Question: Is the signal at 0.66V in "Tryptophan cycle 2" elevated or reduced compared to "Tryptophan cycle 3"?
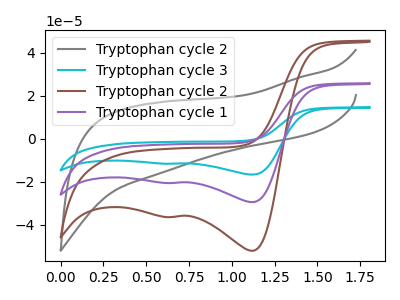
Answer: <think>The gray curve "Tryptophan cycle 2" has no peaks. The cyan curve "Tryptophan cycle 3" has cathodic peaks at (1.10V, -59.10uA) (0.65V, -41.25uA). The brown curve "Tryptophan cycle 2" has cathodic peaks at (1.10V, -52.20uA) (0.65V, -36.50uA). The purple curve "Tryptophan cycle 1" has cathodic peaks at (1.10V, -29.55uA) (0.65V, -20.65uA).</think>
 <answer>The peak at 0.66V is lower in "Tryptophan cycle 2" than in "Tryptophan cycle 3".</answer>
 <eval>lower</eval>